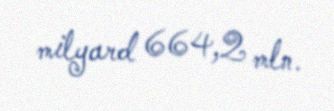
milyard 664,2 mln.